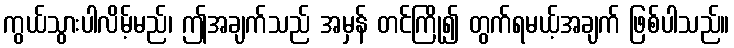
ကွယ်သွားပါလိမ့်မည်၊ ဤအချက်သည် အမှန် တင်ကြို၍ တွက်ရမယ့်အချက် ဖြစ်ပါသည်။